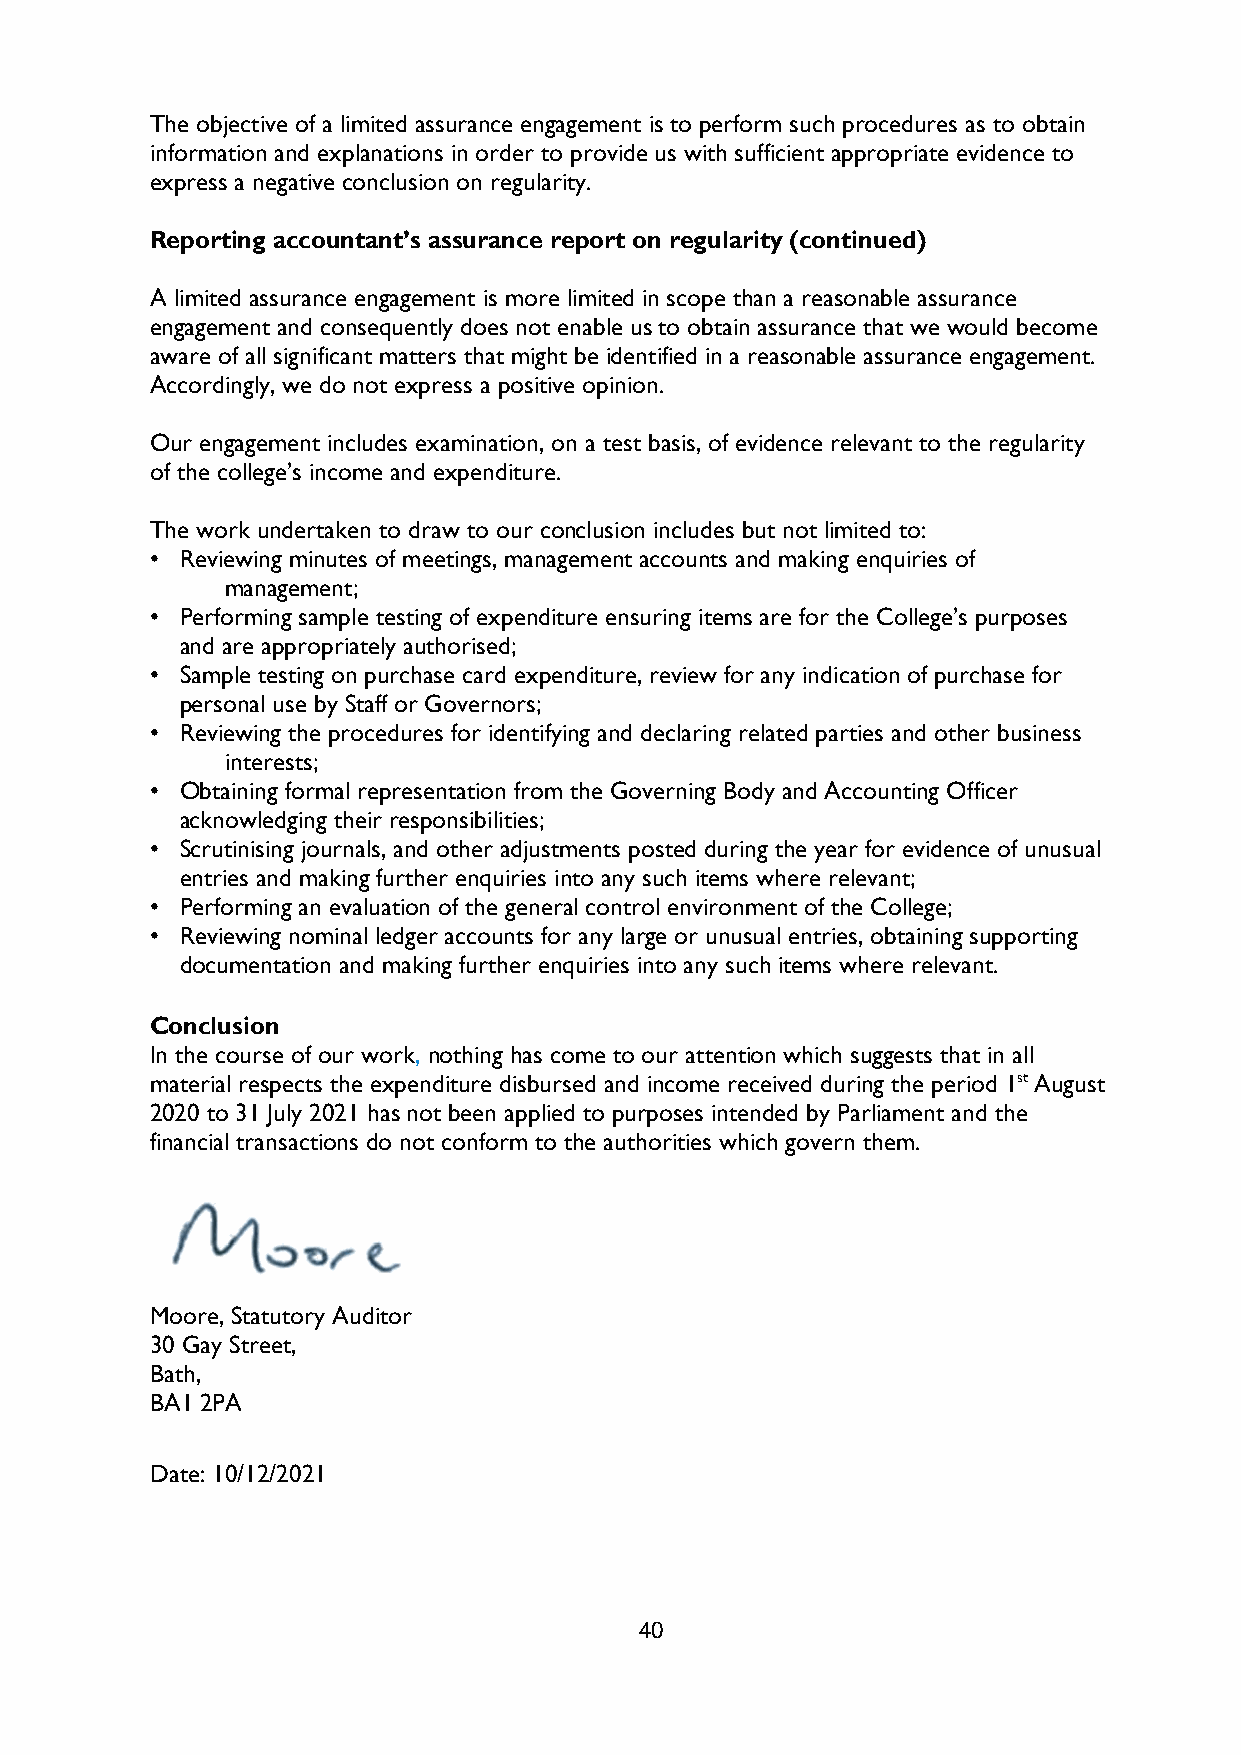
The objective of a limited assurance engagement is to perform such procedures as to obtain
 information and explanations in order to provide us with sufficient appropriate evidence to
 express a negative conclusion on regularity.
 Reporting accountant’s assurance report on regularity (continued)
 A limited assurance engagement is more limited in scope than a reasonable assurance
 engagement and consequently does not enable us to obtain assurance that we would become
 aware of all significant matters that might be identified in a reasonable assurance engagement.
 Accordingly, we do not express a positive opinion.
 Our engagement includes examination, on a test basis, of evidence relevant to the regularity
 of the college’s income and expenditure.
 The work undertaken to draw to our conclusion includes but not limited to:
 • Reviewing minutes of meetings, management accounts and making enquiries of
 management;
 • Performing sample testing of expenditure ensuring items are for the College’s purposes
 and are appropriately authorised;
 • Sample testing on purchase card expenditure, review for any indication of purchase for
 personal use by Staff or Governors;
 • Reviewing the procedures for identifying and declaring related parties and other business
 interests;
 • Obtaining formal representation from the Governing Body and Accounting Officer
 acknowledging their responsibilities;
 • Scrutinising journals, and other adjustments posted during the year for evidence of unusual
 entries and making further enquiries into any such items where relevant;
 • Performing an evaluation of the general control environment of the College;
 • Reviewing nominal ledger accounts for any large or unusual entries, obtaining supporting
 documentation and making further enquiries into any such items where relevant.
 Conclusion
 In the course of our work, nothing has come to our attention which suggests that in all
 material respects the expenditure disbursed and income received during the period 1st August
 2020 to 31 July 2021 has not been applied to purposes intended by Parliament and the
 financial transactions do not conform to the authorities which govern them.
 Moore, Statutory Auditor
 30 Gay Street,
 Bath,
 BA1 2PA
 Date: 10/12/2021
 40